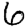
Digit: 6